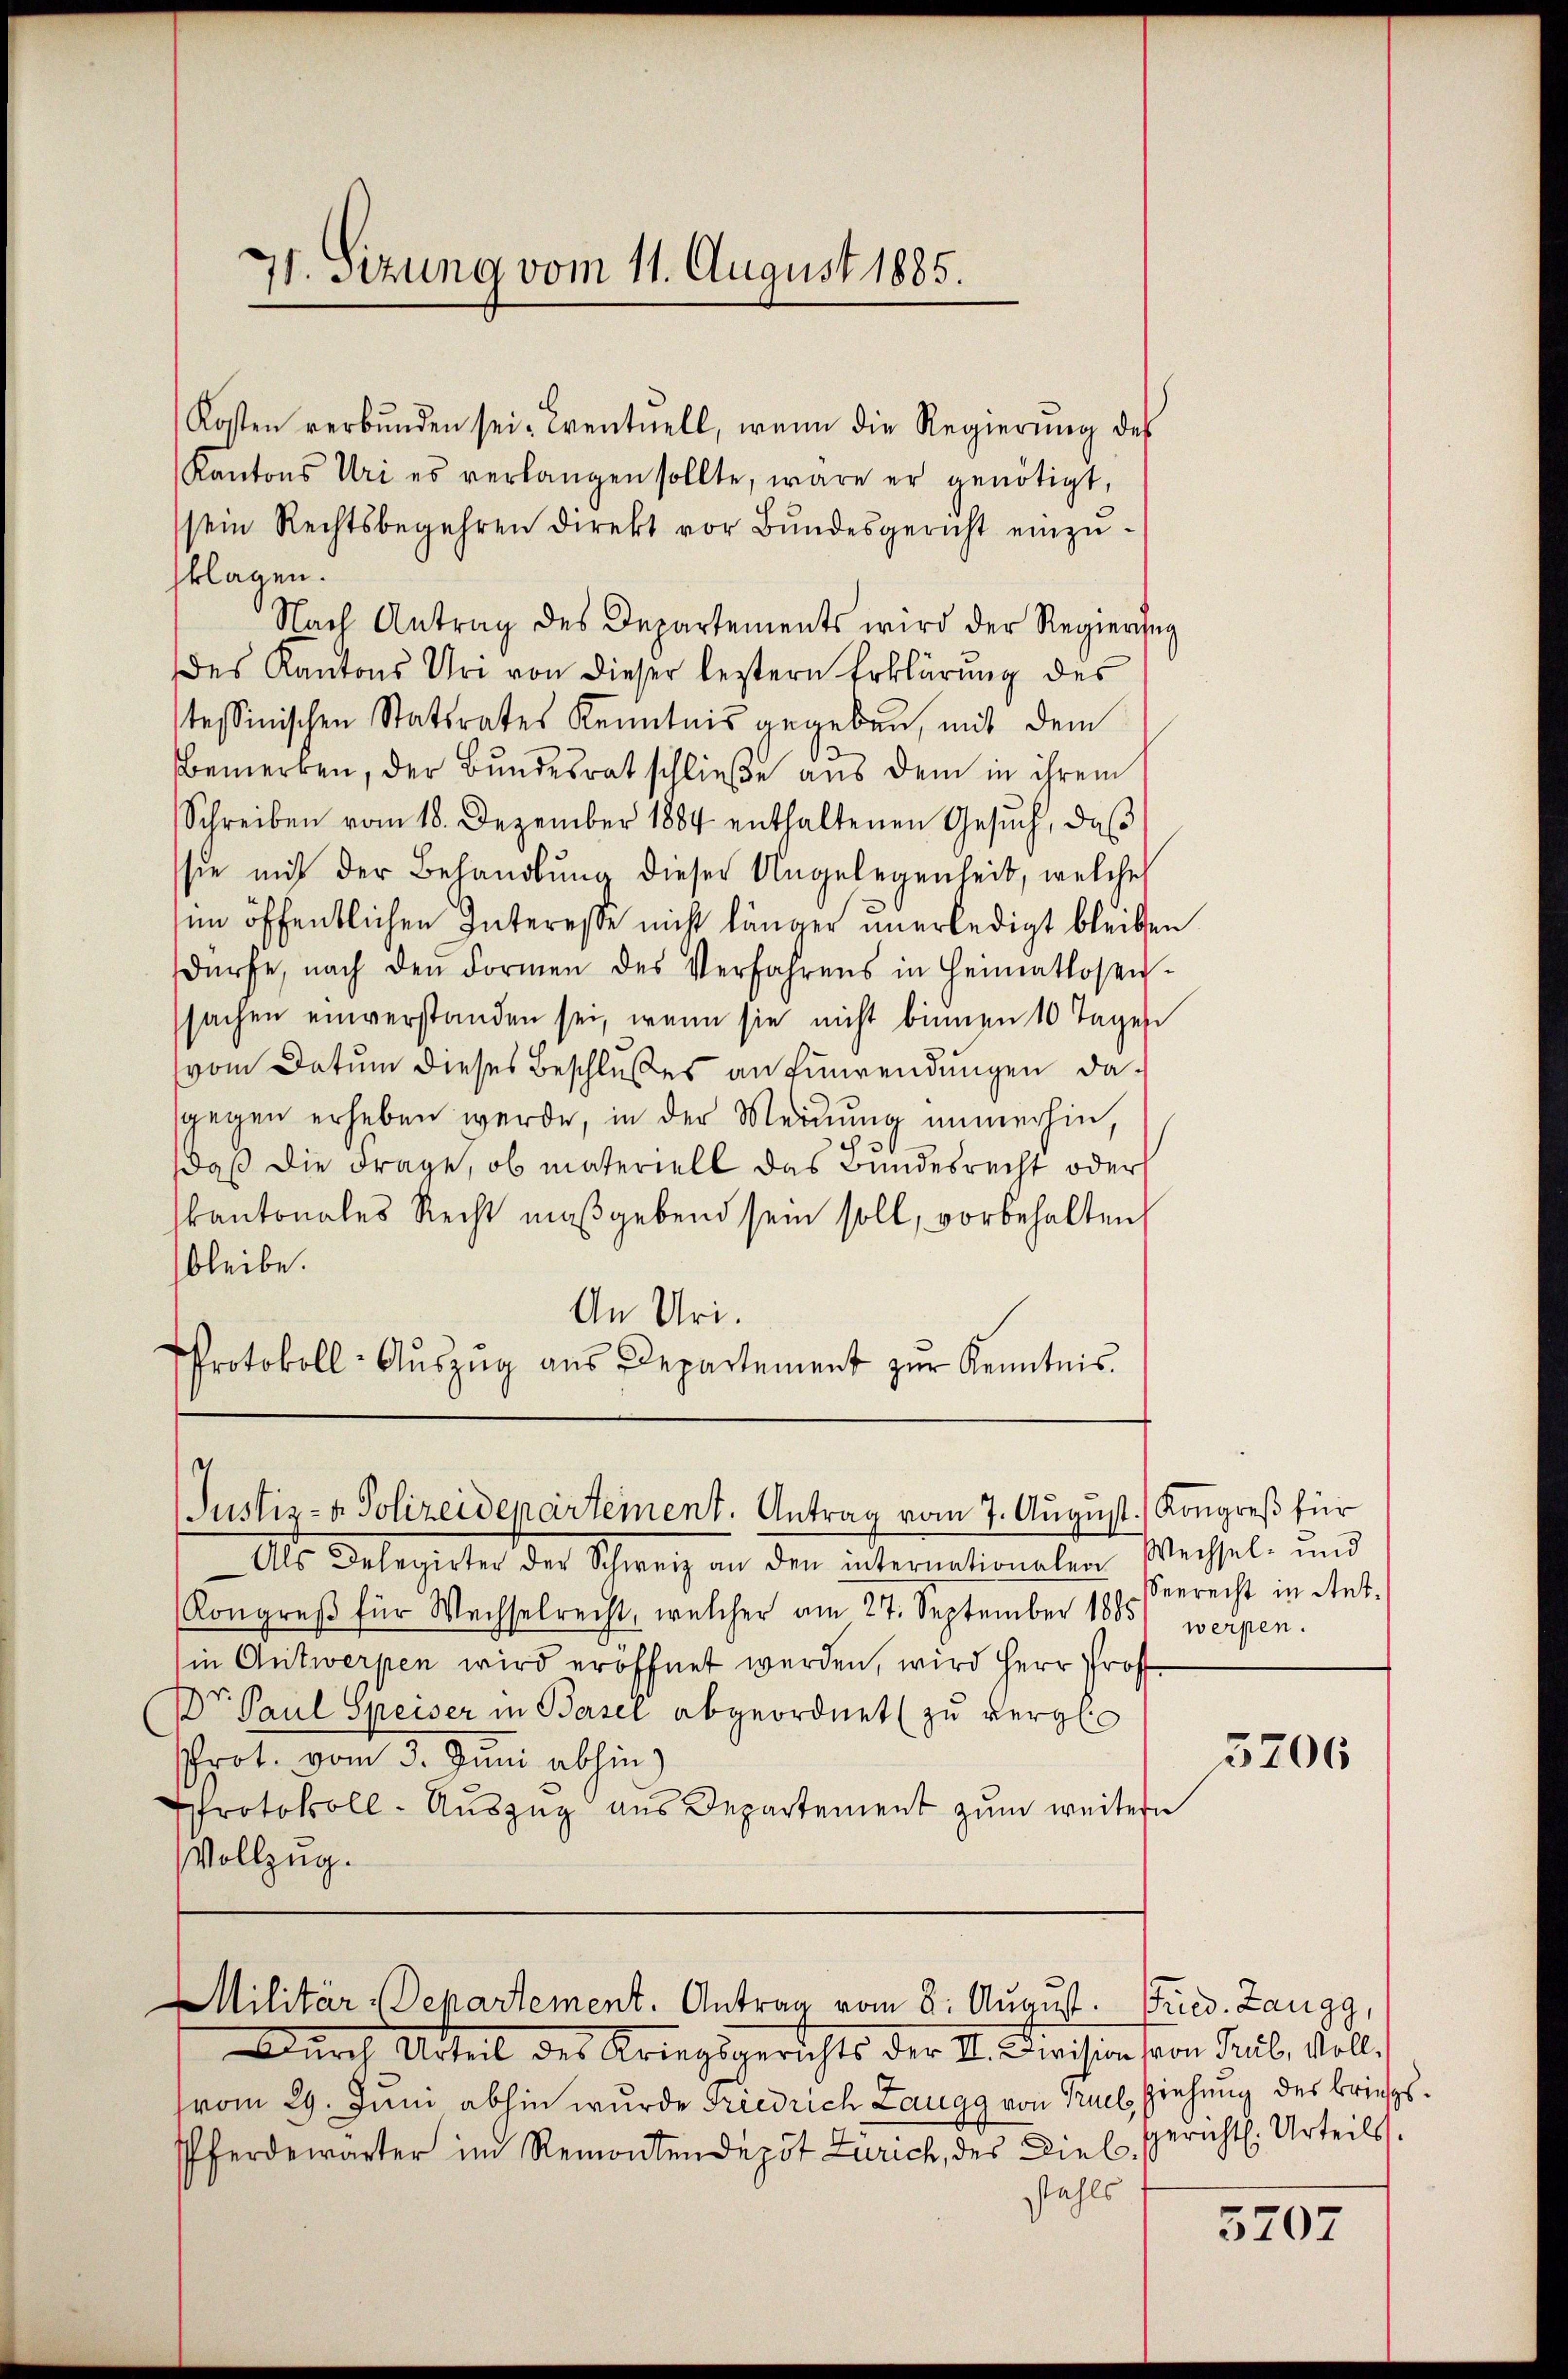
71. Sizung vom 11. August 1885.

Kosten verbŭnden sei. Eventuell, wenn die Regierŭng des
Kantons Uri es verlangen sollte, wäre er genötigt,
sein Rechtsbegehren direkt vor Bŭndesgericht einzŭ-
sklagen.
Nach Antrag des Departements wird der Regierung
des Kantons Uri von dieser leztern Erklärung des
stessinischen Statsrates Kenntnis gegeben, mit dem
Bemerken, der Bundesrat schließe aus dem in ihrem
Schreiben vom 18. Dezember 1884 enthaltenen Gesŭch, daβ
sie mit der Behandlung dieser Ungelegenheit, welches
im öffentlichen Interesse nicht länger unerledigt bleiben
dürfe, nach den Formen des Verfahrens in Heimatlosen-
sachen einverstanden sei, wenn sie nicht binnen 10 Tagen
vom Datum dieses Beschlußes an Einwendungen dagegen erheben werde, in der Meinung immerhin,
daß die Frage, ob materiell das Bundesrecht oder
kantonales Recht maßgebend sein soll, vorbehalten,
bleibe.
An Uri.
Protokoll- Aŭszŭg aŭs Departement zŭr Kenntnis.

e
Justiz- & Polizeidenartement. Antrag vom 7. August.) Kongreß für

Durch Urteil des Kriegsgerichts der II. Revision von Trüb, vollvom 29. Juni abhin wurde Friedrich Zaugg von Gruel, Ziehung des Briefs¬
Pferdewarter im Remontendepot Zürich, des Diel. Gericht. Urteils.
stahls

Als Delegierter der Schweiz an den internationalen Weisel- und
Kongreß für Wechselrecht, welcher am 27. September 1885) werpen.
in Antwerpen wird eröffnet werden, wird Herr Prof.
Dr. Paul Speiser in Basel abgeordnet zu vergle
schrot vom 3. Juni abhin)
Protokoll-Auszug aus Departement zum weitern
Vollzug.

Militär-Departement. Antrag vom 8. August. Fried. Zangg,

Seerecht in Stet¬

3706

5707